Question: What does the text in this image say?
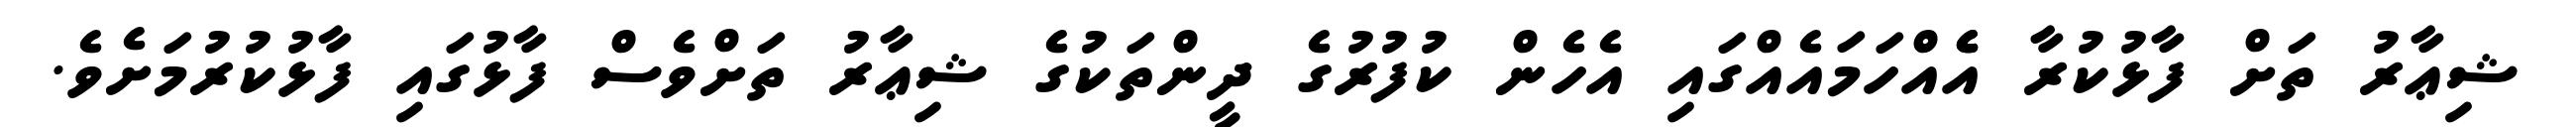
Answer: ޝިޢާރު ތަށް ފާޅުކުރާ އެެއްހަމައެއްގައި އެހެން ކުފުރުގެ ދީންތަކުގެ ޝިޢާރު ތަށްވެސް ފާޅުގައި ފާޅުކުރުމަށެވެ.